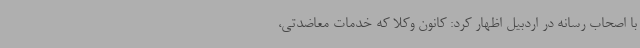
با اصحاب رسانه در اردبیل اظهار کرد: کانون وکلا که خدمات معاضدتی،